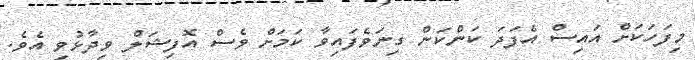
މިފަހަކަށް އައިސް އެފަދަ ކަންކަން ގިނަވެފައިވާ ކަމަށް ވެސް އޮފިޝަލް ވިދާޅުވި އެވެ.